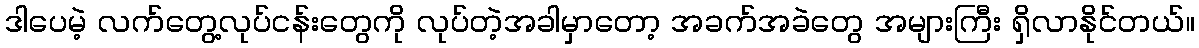
ဒါပေမဲ့ လက်တွေ့လုပ်ငန်းတွေကို လုပ်တဲ့အခါမှာတော့ အခက်အခဲတွေ အများကြီး ရှိလာနိုင်တယ်။